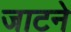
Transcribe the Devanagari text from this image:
जाटने